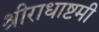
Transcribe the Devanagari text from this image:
श्रीराधाष्टमी